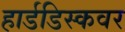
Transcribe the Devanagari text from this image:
हार्डडिस्कवर